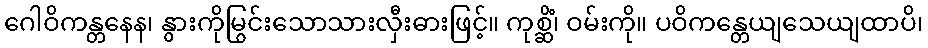
ဂေါဝိကန္တနေန၊ နွားကိုမြွင်းသောသားလှီးဓားဖြင့်။ ကုစ္ဆိံ၊ ဝမ်းကို။ ပဝိကန္တေယျသေယျထာပိ၊